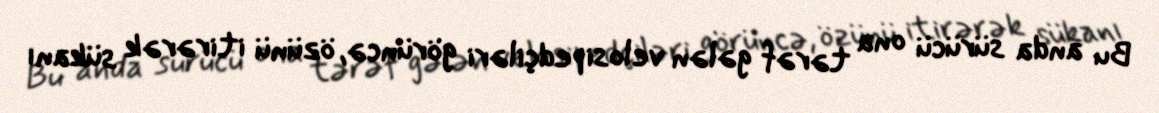
Bu anda sürücü ona tərəf gələn velosipedçiləri görüncə, özünü itirərək sükanı